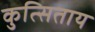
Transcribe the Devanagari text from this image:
कुत्सिताय